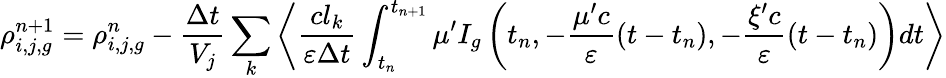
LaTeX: \rho_{i,j,g}^{n\mathrm{+1}}=\rho_{i,j,g}^{n}-\frac{\Delta t}{V_{j}}\sum_{k}\left\langle\frac{cl_{k}}{\varepsilon\Delta t}\int_{t_{n}}^{t_{n+1}}\mu^{\prime}I_{g}\left(t_{n},-\frac{\mu^{\prime}c}{\varepsilon}\left(t-t_{n}\right),-\frac{\xi^{\prime}c}{\varepsilon}\left(t-t_{n}\right)\right)dt\right\rangle